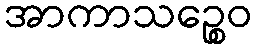
အာကာသဉ္စေဝ